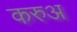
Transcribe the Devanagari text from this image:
करुअ